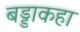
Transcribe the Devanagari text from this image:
बड्डाकहा